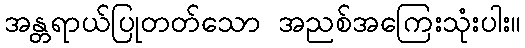
အန္တရာယ်ပြုတတ်သော အညစ်အကြေးသုံးပါး။